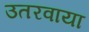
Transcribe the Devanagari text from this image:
उतरवाया